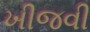
ખીજવી